Lock hospitals Punjab
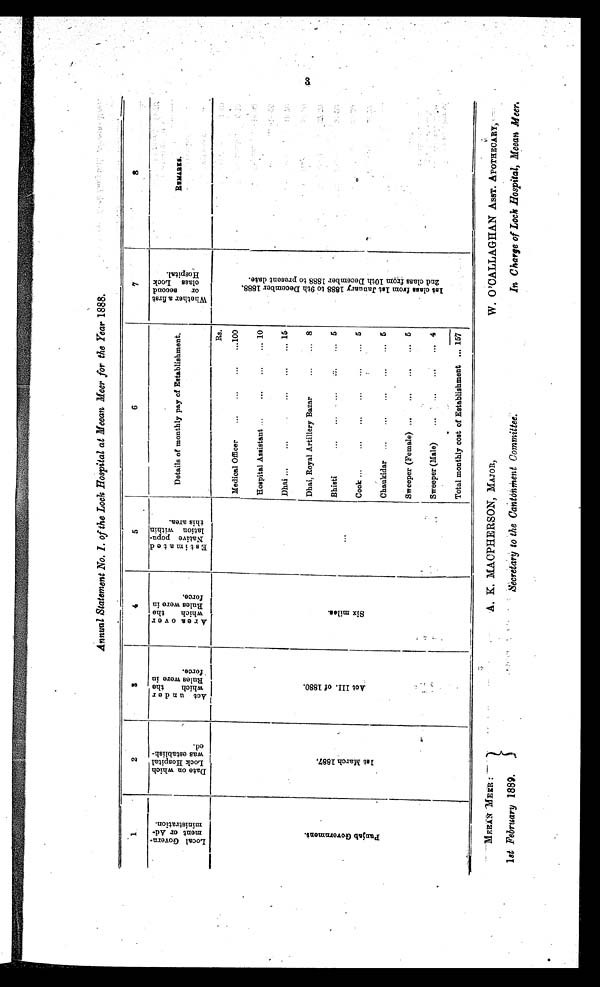
Annual Statement No. I. of the Lock Hospital at Meean Meer for the Year 1888.
1
2
3
4
5
6
7
8
L o c a l G o v e r n -
m e n t o r A d -
m i n i s t r a t i o n .
D a t e o n w h i c h
L o c k H o s p i t a l
w a s e s t a b l i s h -
e d .
A c t u n d e r
w h i c h t h e
R u l e s w e r e i n
f o r c e .
A r e a o v e r
w h i c h t h e
R u l e s w e r e i n
f o r c e .
E s t i m a t e d
n a t i v e p o p u -
l a t i o n w i t h i n
t h i s a r e a .
Details of monthly pay of Establishment.
W h e t h e r a f i r s t
o r s e c o n d
c l a s s L o c k
H o s p i t a l .
REMARKS.
P u n j a b G o v e r n m e n t .
1 s t M a r c h 1 8 8 7 .
Act III. of 1880.
Six miles.
. . .
Rs.
1st cl ass f r om 1st Januar y 1888 t o 9t h December 1888.
2nd cl ass f r om 10t h December 1888 t o pr esent dat e.
Medical Officer
...
. . .
...
... 100
Hospital Assistant ...
...
...
... 10
Dhai ...
...
. . .
. . .
......... . . . 15
Dhai, Royal Artillery Bazar
. . .
. . .
8
Bhisti
. . .
. . .
. . .
. . .
... 5
Cook ...
. . .
...
...
...
... 5
Chaukidar ...
...
...
...
... 5
Sweeper (Female) ...
. . .
...
... 5
Sweeper (Male)
...
. . .
...
... 4
Total monthly cost of Establishment ... 157
3
MEEAN MEER :
A. K. MACPHERSON, MAJOR,
W. O'CALLAGHAN ASST. APOTHECARY,
1 st February 1889.
Secretary to the Cantonment Committee.
In Charge of Lock Hospital, Meean Meer.